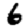
Digit: 6